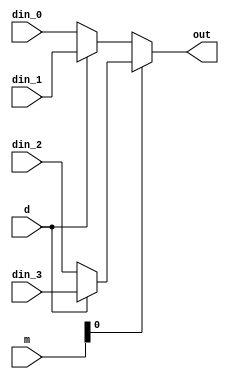
module  mux4(din_0, din_1, din_2, din_3, d, m, out);

    input din_0, din_1, din_2, din_3, d;
    input [1:0] m;
    output wire out;

    assign out = (m[0]) ? (d) ? din_3 : din_2 : (d) ? din_1 : din_0;

endmodule